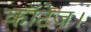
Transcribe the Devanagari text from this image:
कॉटेज।